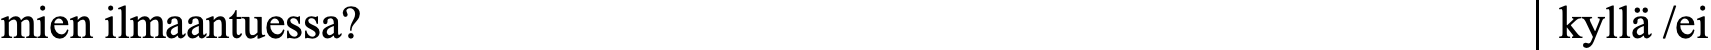
mien ilmaantuessa?                                 kyllä /ei